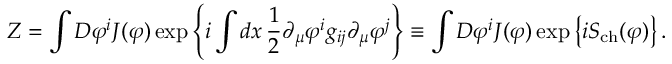
Z = \int D \varphi ^ { i } J ( \varphi ) \exp \left\{ i \int d x \, \frac { 1 } { 2 } \partial _ { \mu } \varphi ^ { i } g _ { i j } \partial _ { \mu } \varphi ^ { j } \right\} \equiv \int D \varphi ^ { i } J ( \varphi ) \exp \left\{ i S _ { \mathrm { c h } } ( \varphi ) \right\} .